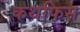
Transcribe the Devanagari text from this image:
कथफिस